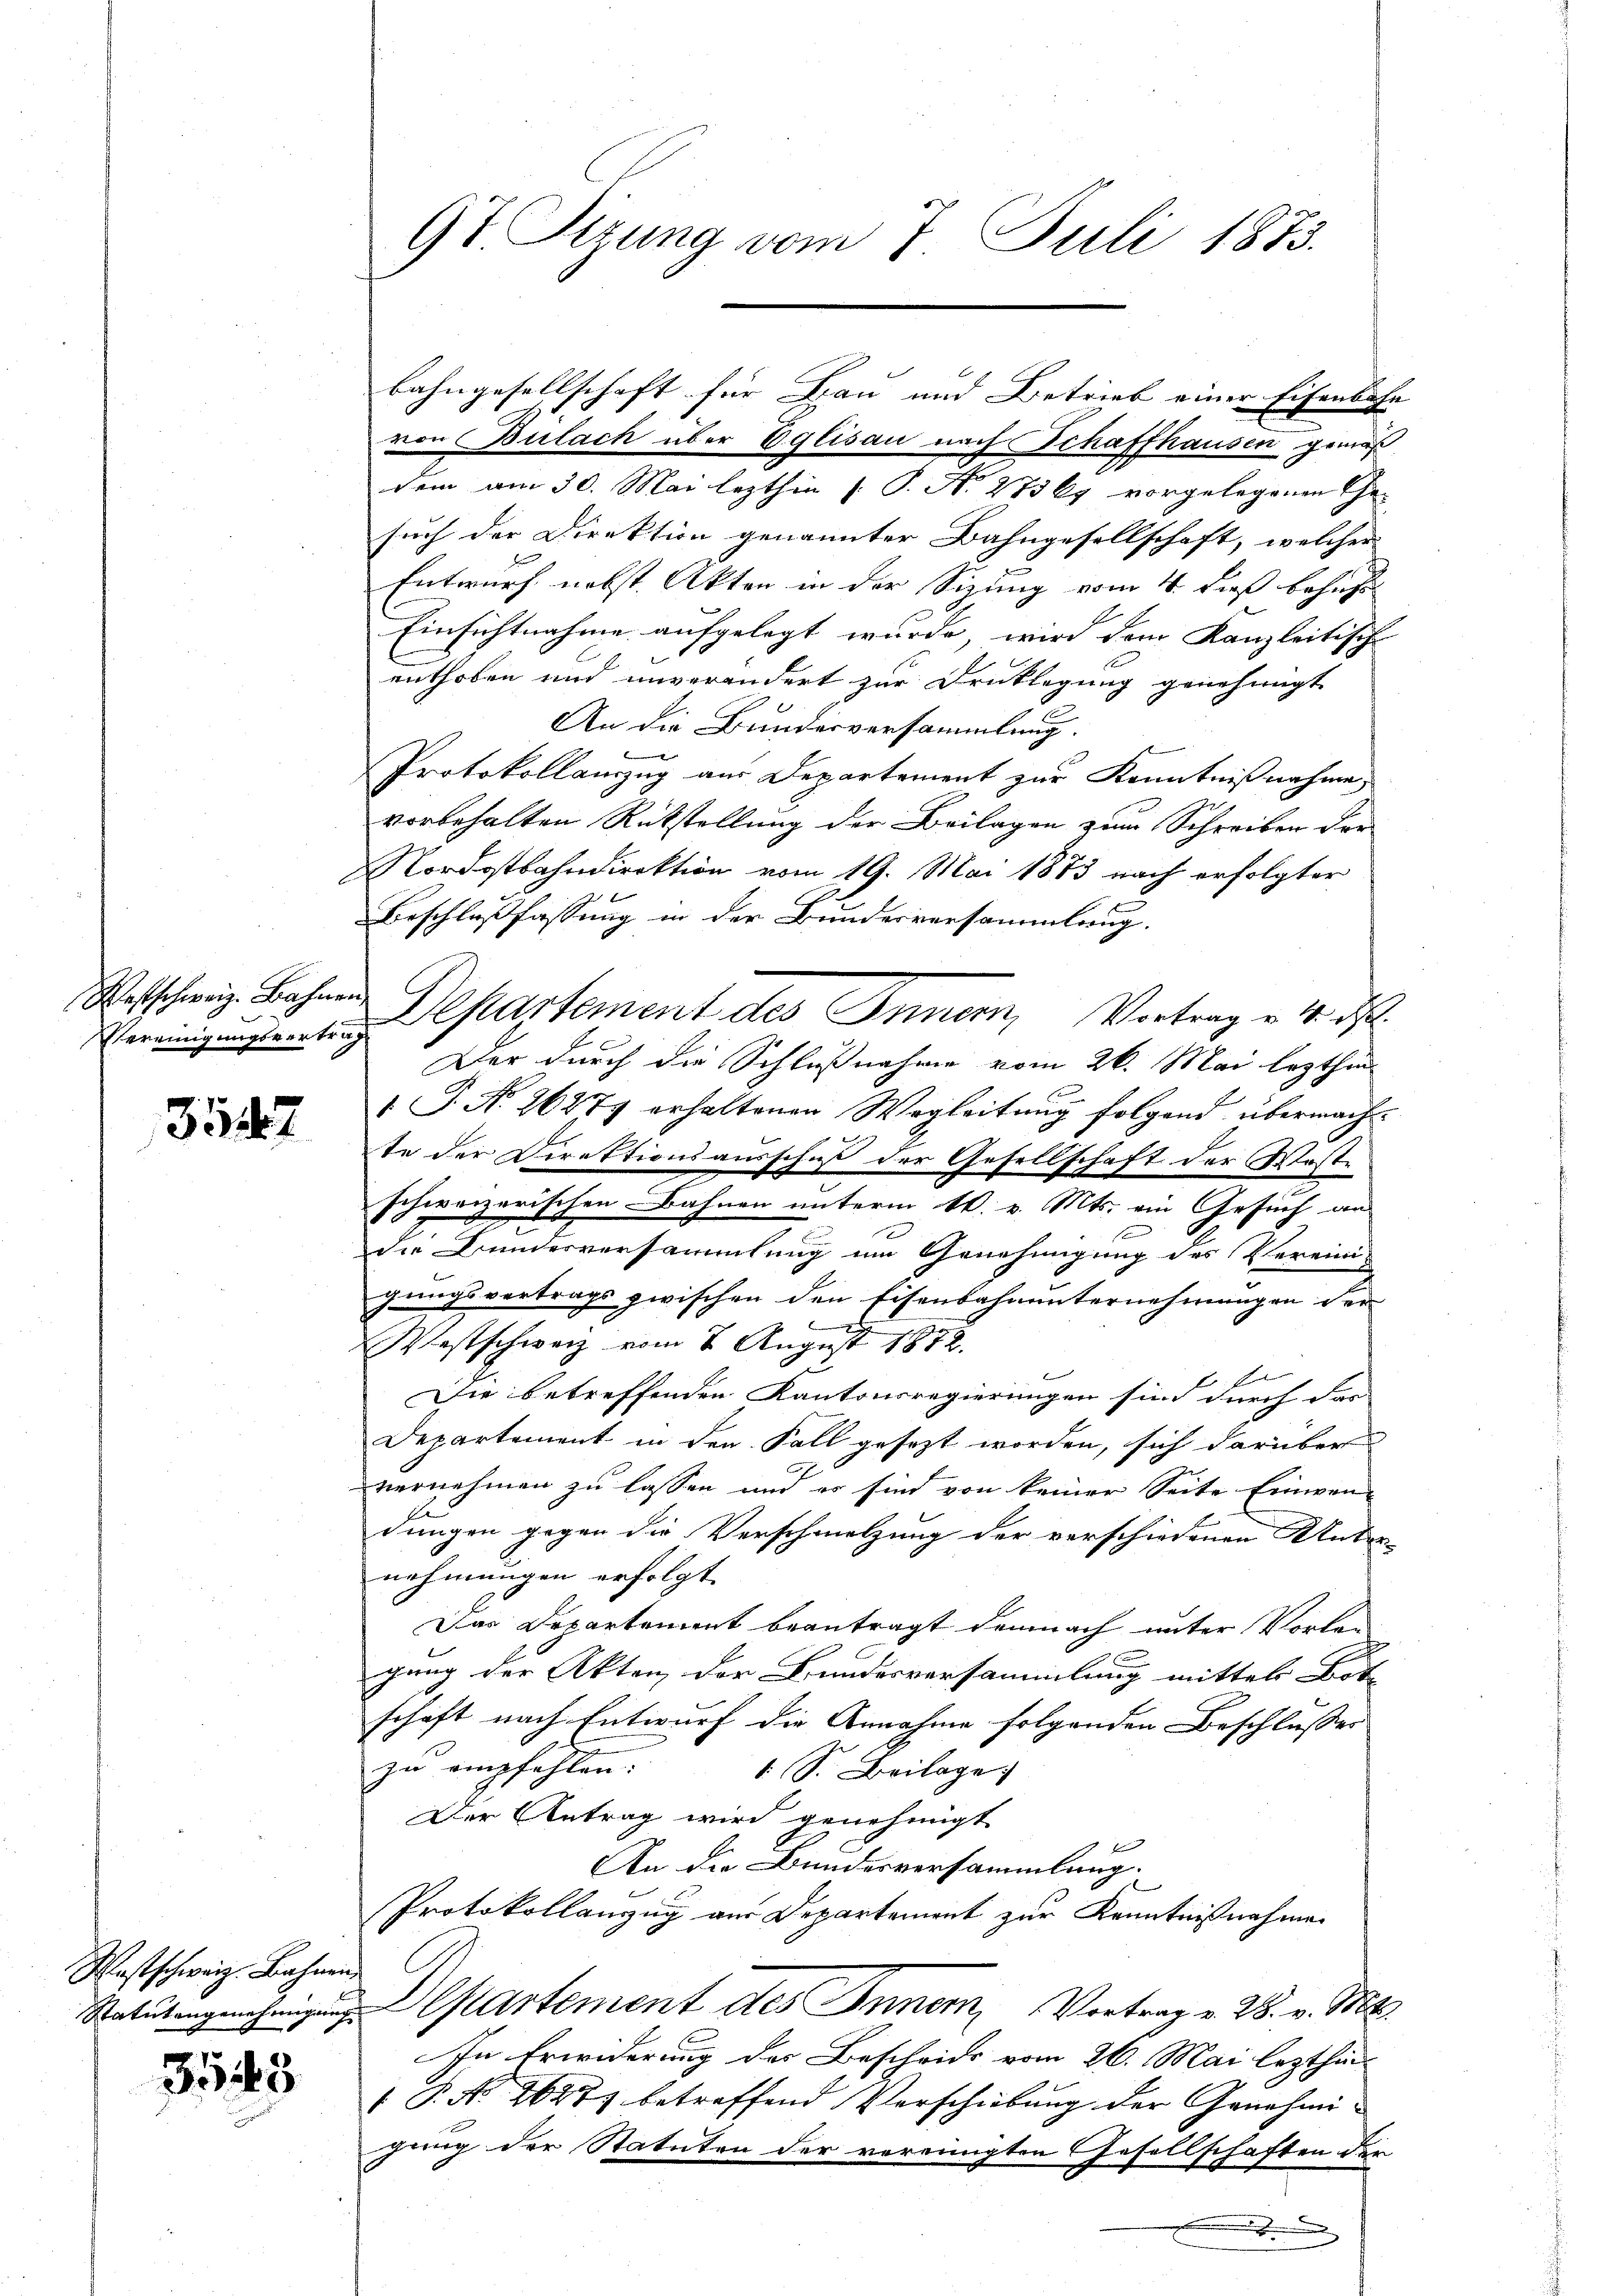
Westschweiz. Bahner
Vereinigungsvertre¬

3147

Westschweiz. Bahnen,
Statutengenehmigung

3545

9t Sizung vom 7. Juli 1873.

dem am 30. Mai lezthin [P. Nr. 27367 vorgelegenen Ge-
such der Direktion genannter Bahngesellschaft, welcher
Entwurf nebst Akten in der Sizung vom 4. dieß behuf
Einsichtnahme aufgelegt wurde, wird dem Kanzleitische
enthoben und unverändert zur Drucklegung genehmigt
An die Bundesversammlung.
Protokollanzug aus Departement zur Kenntnißnahme,
vorbehalten Rükstellung der Beilagen zum Schreiben der
Nordostbahndirektion vom 19. Mai 1873 nach erfolgter
Beschlußfassung in der Bundesversammlung.
Der durch die Schlußnahme vom 26. Mai lezthin
1 S. Nr. 26277 erhaltenen Wegleitŭng folgend übermacht-
te der Direktionsausschuß der Gesellschaft der Waste
schweizerischen Bahnen unterm 16. v. Mts. ein Gesuch an
die Bundesversammlung um Genehmigung des Vereini-
gungsvertrags zwischen den Eisenbahnunternehmungen der
Westschwarz vom 8. August 1812.
E
Die betreffenden Kantonsregierungen sind durch das
Departement in den Fall gesezt worden, sich darüber
J.
vernehmen zu lassen und es sind von keiner Seite Einwen-
dungen gegen die Verschmelzung der verschiedenen Unter-
nehmungen erfolgt.
Das Departement beantragt demnach unter Vorlegung der Akten der Bundesversammlung mittels Bote
schaft nach Entwurf die Annahme folgenden Beschlusser
zu empfehlen.
1 S. Beilage
Der Antrag wird genehmigt
t
An die Bundesversammlung.
Protokollanzug aus Departement zur Kenntnißnahme
Departement des Innem Vortrag v. 28. v. Mts.
In Erwiderung der Beschrift vom 26. Mai lezthin¬
 P. No 1627) betreffend Verschiebung der Genehmi-
gung der Statuten der vereinigten Gesellschaften den
.

bahngesellschaft für Bau und Betrieb einer Eisenbahn
ven Bülach über Eglisau nach Schaffhausen gemäß

Departement des Innern, Vortrag v. 4. ds.